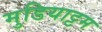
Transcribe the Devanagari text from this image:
मुडियाट्टम